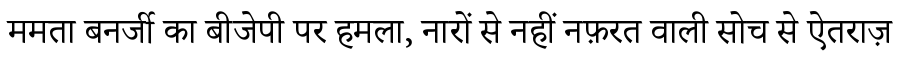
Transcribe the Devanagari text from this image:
ममता बनर्जी का बीजेपी पर हमला, नारों से नहीं नफ़रत वाली सोच से ऐतराज़